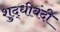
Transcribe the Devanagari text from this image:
शुद्धीबंदी